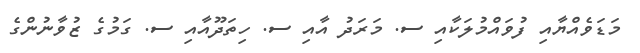
މަޑަވެއްޔާއި ފުވައްމުލަކާއި ސ. މަރަދު އާއި ސ. ހިތަދޫއާއި ސ. ގަމުގެ ޒުވާނުންގެ